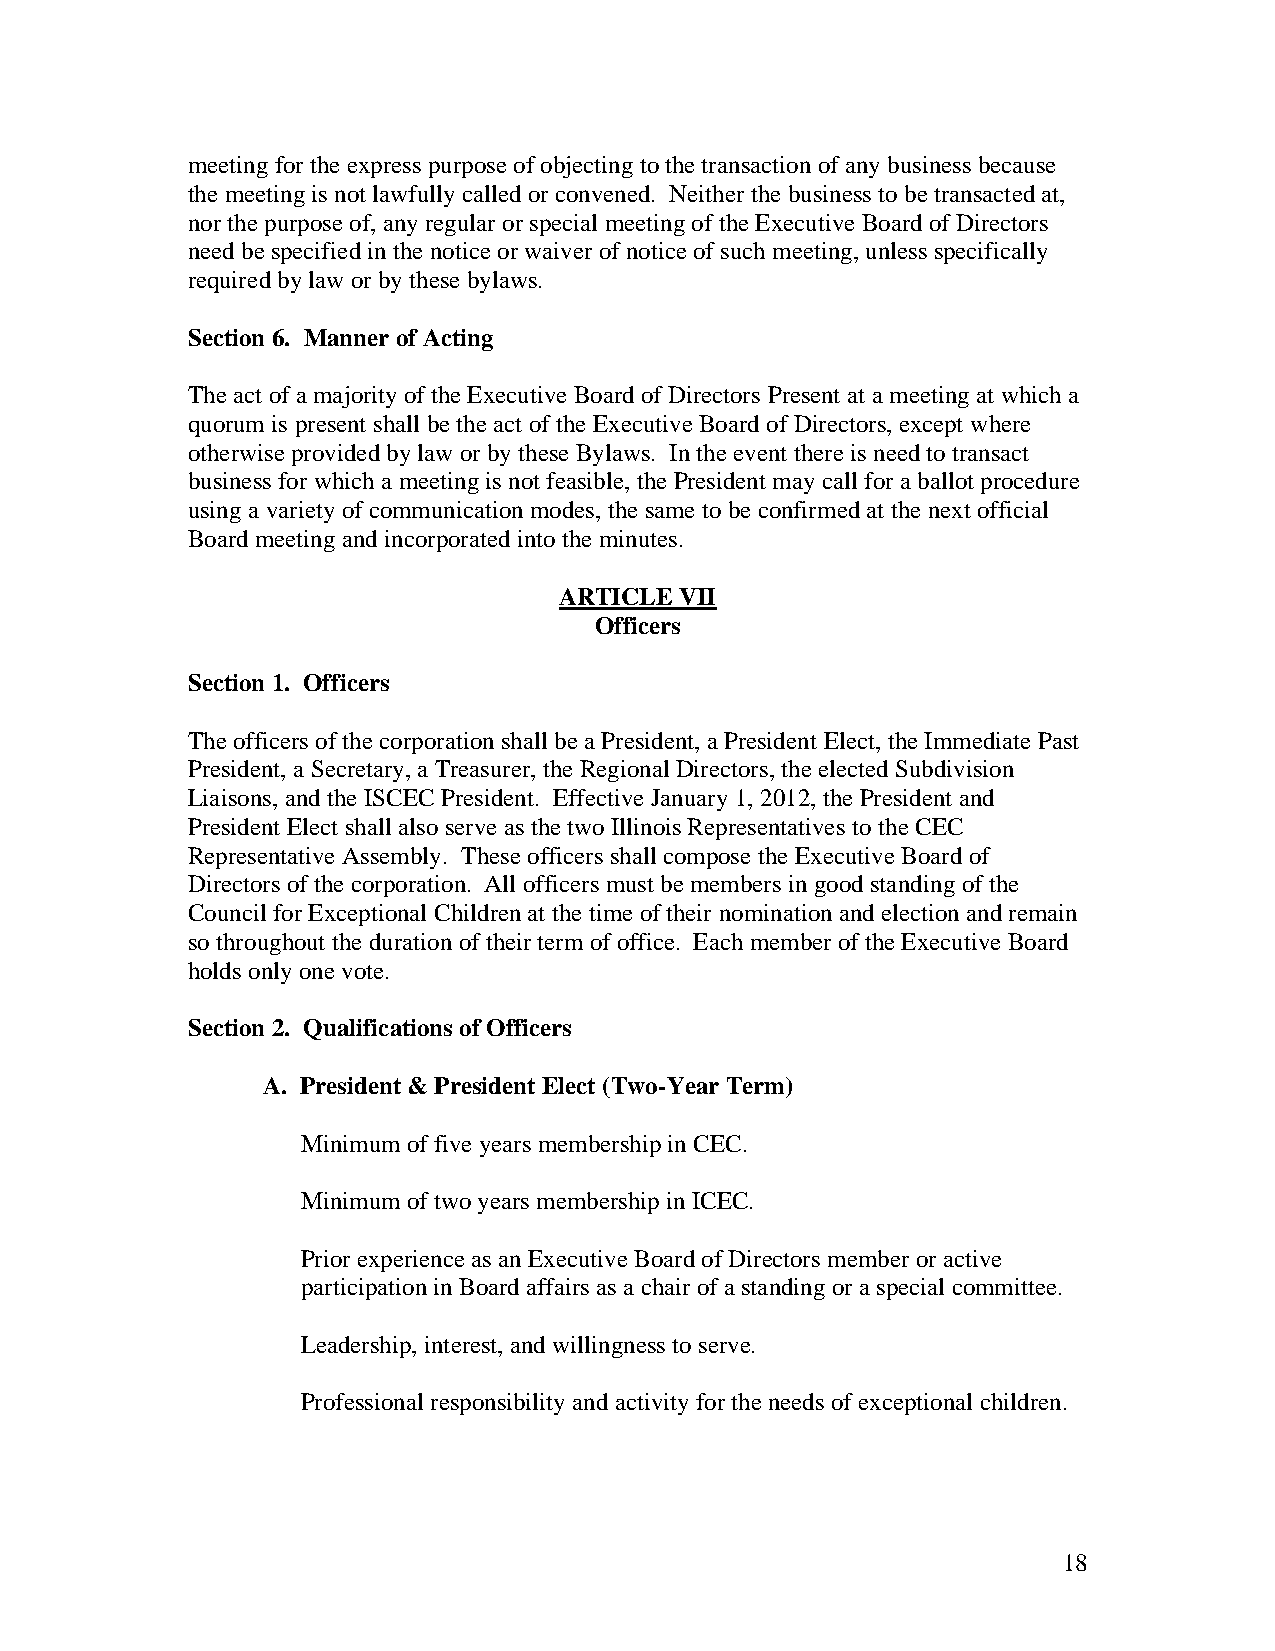
meeting for the express purpose of objecting to the transaction of any business because
 the meeting is not lawfully called or convened. Neither the business to be transacted at,
 nor the purpose of, any regular or special meeting of the Executive Board of Directors
 need be specified in the notice or waiver of notice of such meeting, unless specifically
 required by law or by these bylaws.
 Section 6. Manner of Acting
 The act of a majority of the Executive Board of Directors Present at a meeting at which a
 quorum is present shall be the act of the Executive Board of Directors, except where
 otherwise provided by law or by these Bylaws. In the event there is need to transact
 business for which a meeting is not feasible, the President may call for a ballot procedure
 using a variety of communication modes, the same to be confirmed at the next official
 Board meeting and incorporated into the minutes.
 ARTICLE VII
 Officers
 Section 1. Officers
 The officers of the corporation shall be a President, a President Elect, the Immediate Past
 President, a Secretary, a Treasurer, the Regional Directors, the elected Subdivision
 Liaisons, and the ISCEC President. Effective January 1, 2012, the President and
 President Elect shall also serve as the two Illinois Representatives to the CEC
 Representative Assembly. These officers shall compose the Executive Board of
 Directors of the corporation. All officers must be members in good standing of the
 Council for Exceptional Children at the time of their nomination and election and remain
 so throughout the duration of their term of office. Each member of the Executive Board
 holds only one vote.
 Section 2. Qualifications of Officers
 A. President & President Elect (Two-Year Term)
 Minimum of five years membership in CEC.
 Minimum of two years membership in ICEC.
 Prior experience as an Executive Board of Directors member or active
 participation in Board affairs as a chair of a standing or a special committee.
 Leadership, interest, and willingness to serve.
 Professional responsibility and activity for the needs of exceptional children.
 18